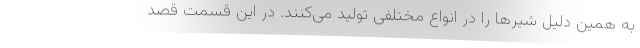
به همین دلیل شیرها را در انواع مختلفی تولید می‌کنند. در این قسمت قصد